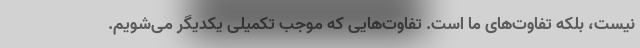
نیست، بلکه تفاوت‌های ما است. تفاوت‌هایی که موجب تکمیلی یکدیگر می‌شویم.